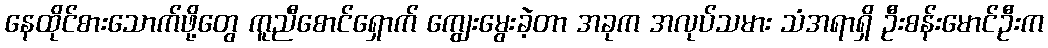
နေထိုင်စားသောက်ဖို့တွေ ကူညီစောင်ရှောက် ကျွေးမွေးခဲ့တာ အခုက အလုပ်သမား သံအရာရှိ ဦးစန်းမောင်ဦးက